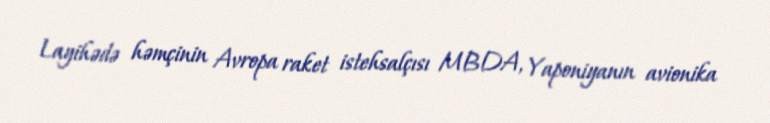
Layihədə həmçinin Avropa raket istehsalçısı MBDA, Yaponiyanın avionika